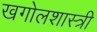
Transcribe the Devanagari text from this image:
खगोलशास्‍त्री